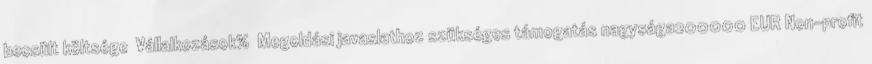
becsült költsége ▪Vállalkozások% ▪Megoldási javaslathoz szükséges támogatás nagysága200000 EUR▪Non-profit